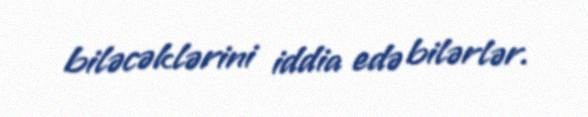
biləcəklərini iddia edə bilərlər.